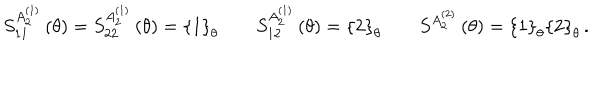
LaTeX: S _ { 1 1 } ^ { A _ { 2 } ^ { ( 1 ) } } \left( \theta \right) = S _ { 2 2 } ^ { A _ { 2 } ^ { ( 1 ) } } \left( \theta \right) = \left\{ 1 \right\} _ { \theta } \qquad S _ { 1 2 } ^ { A _ { 2 } ^ { ( 1 ) } } \left( \theta \right) = \left\{ 2 \right\} _ { \theta } \qquad S ^ { A _ { 2 } ^ { ( 2 ) } } \left( \theta \right) = \left\{ 1 \right\} _ { \theta } \left\{ 2 \right\} _ { \theta } \, .